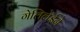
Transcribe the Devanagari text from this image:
गेलिलेईने